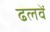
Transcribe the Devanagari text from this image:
ढलवें